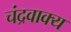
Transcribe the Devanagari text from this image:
चंद्रवाक्य